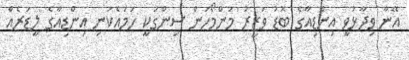
އޭނާ ވިދާޅުވީ އިންޑިއާގެ ބޮޑު ވަޒީރު މަންމޯހަން ސިންގަކީ ހަމައެކަނި އިންޑިއާގެ ލީޑަރެއް